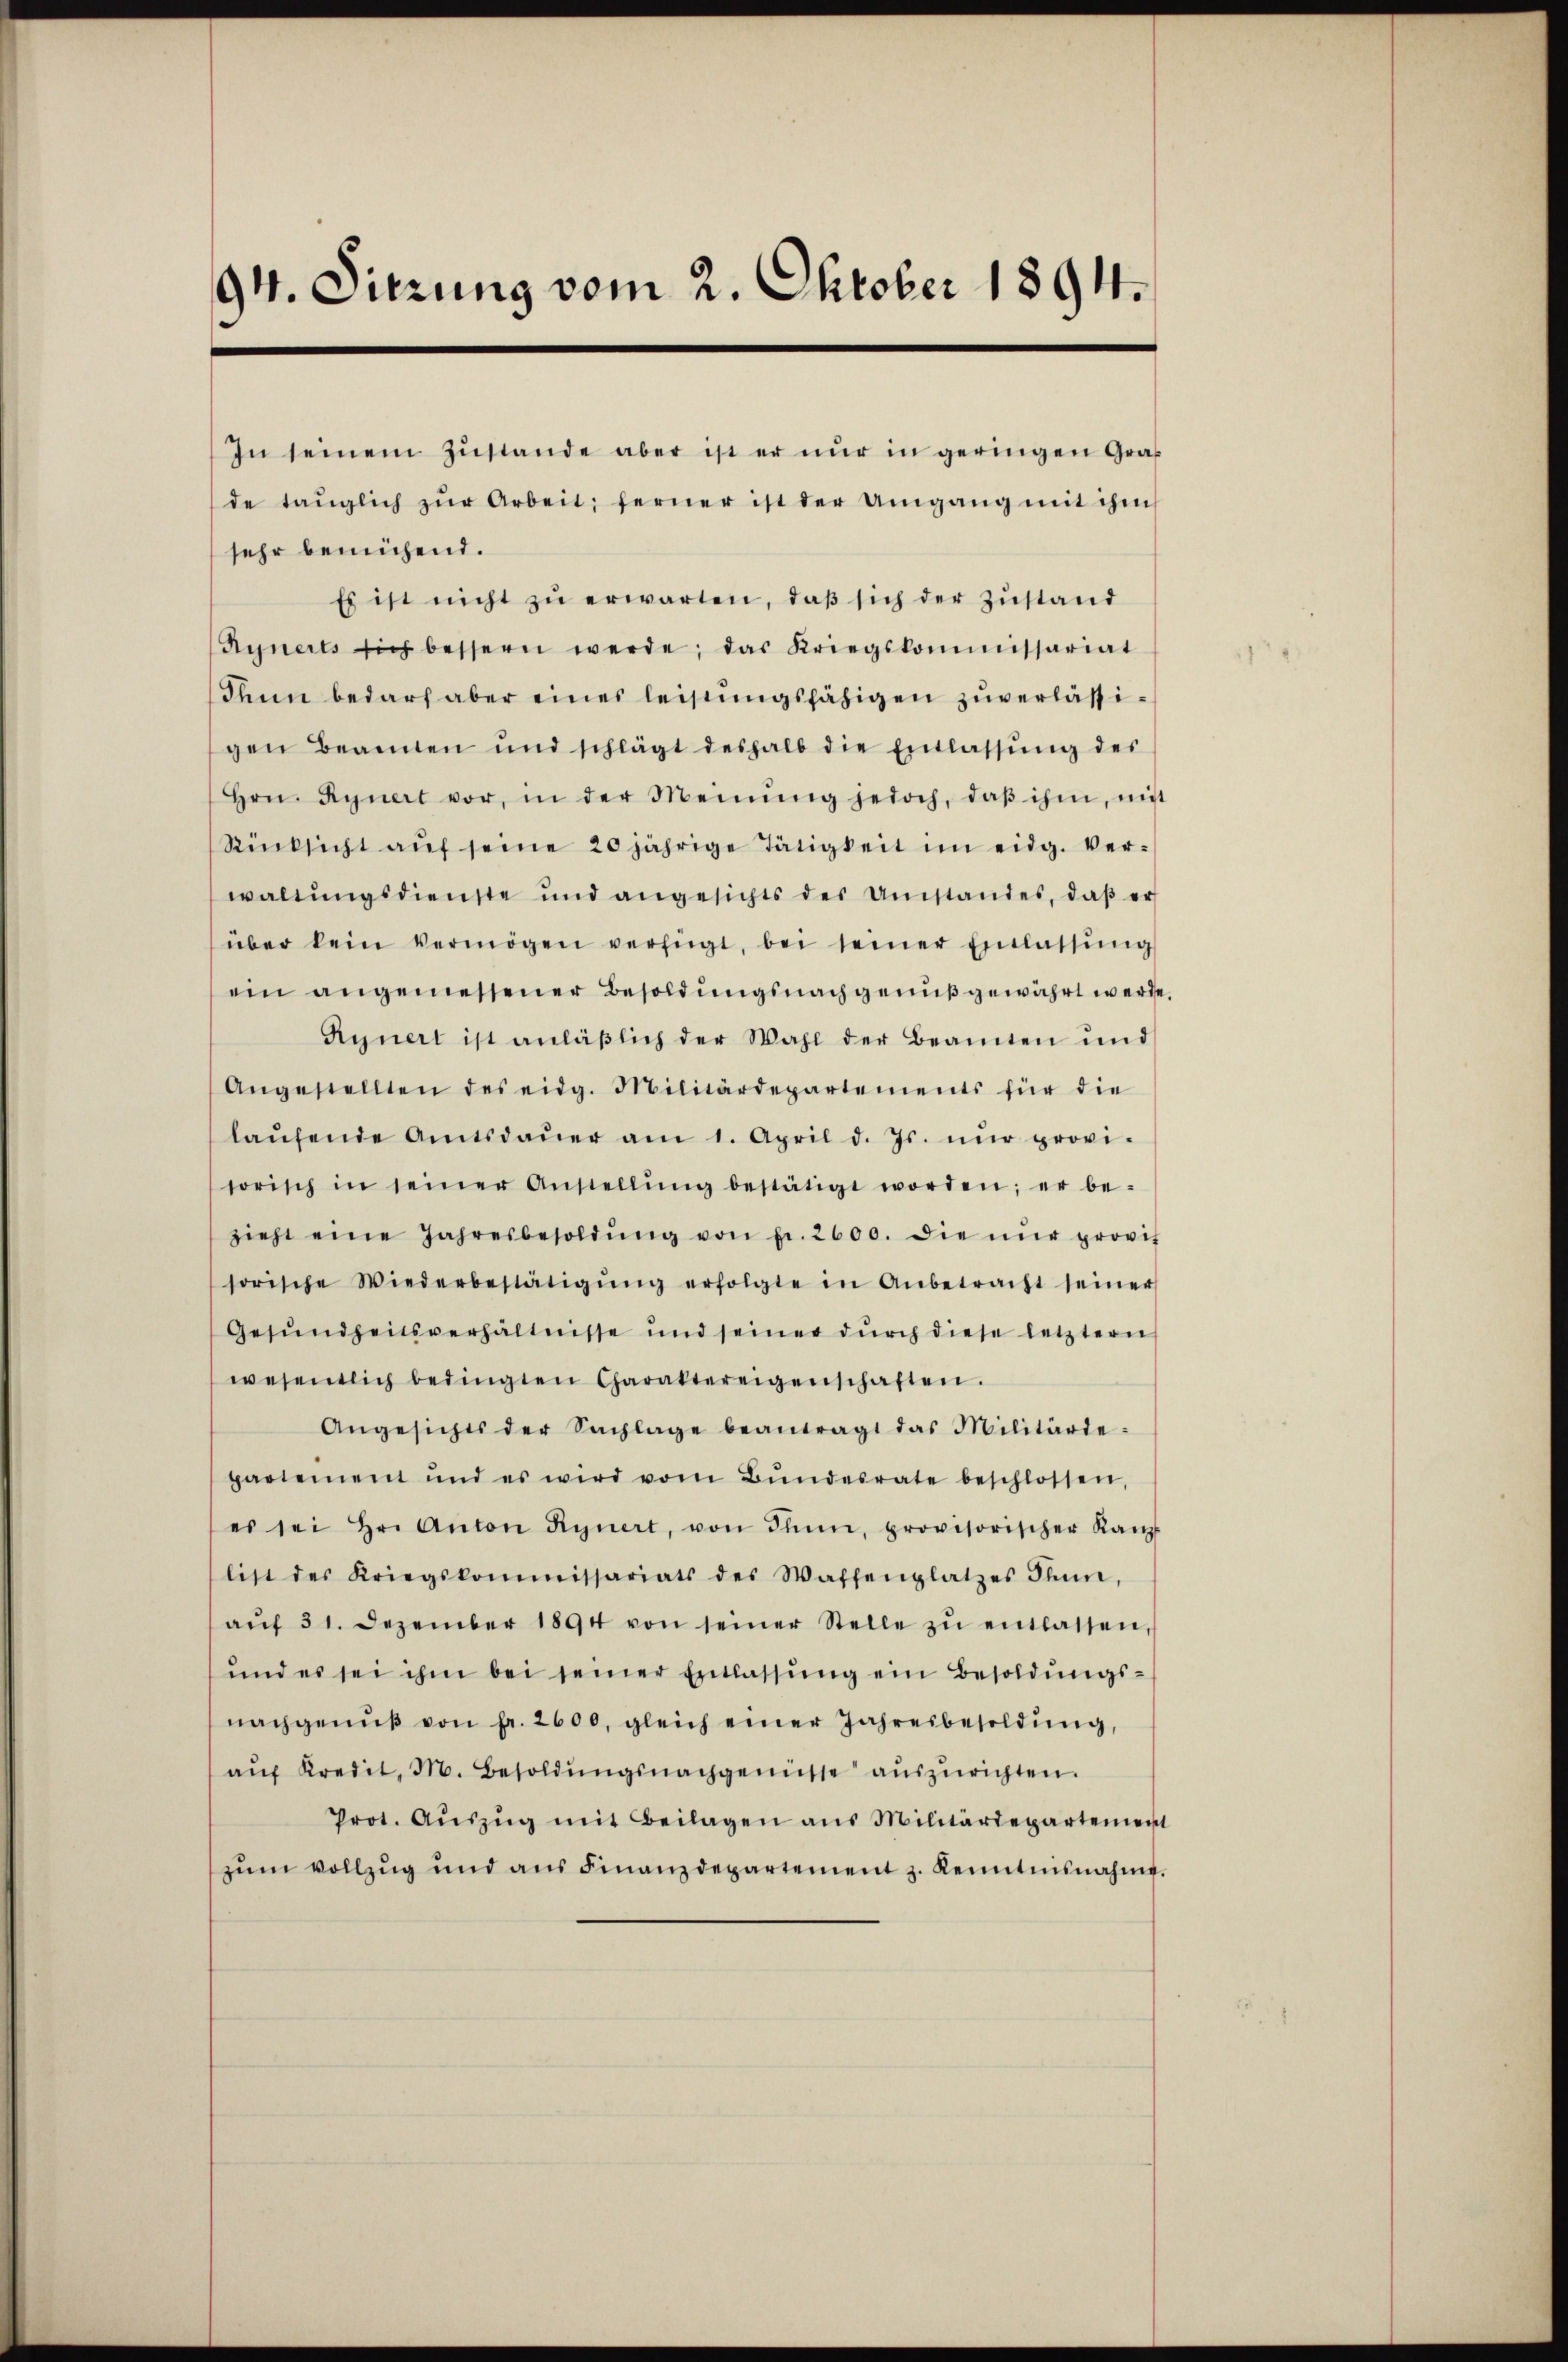
94. Sitzung vom 2. Oktober 1894.

In seinem Zŭstande aber ist er nŭr in geringen Graf
de taŭglich zŭr Arbeit; ferner ist der Umgang mit ihm
sehr bemühend.
Es ist nicht zŭ erwarten, daß sich der Zustand
Rynerts sich bessern werde; das Kriegskommissariat
Ihnn bedarf aber eines leistungsfähigen zuverlässigen Beamten und schlägt deshalb die Entlassŭng des
Hrn. Rynert vor, in der Meinŭng jedoch, daβ ihm, mit
Rücksicht aŭf seine 20jährige Tätigkeit im eidg. Ver-
waltŭngsdienste und angesichts der Umstandes, daβ er
über kein Vermögen verfügt, bei seiner Einlassŭng
ein angemessener Besoldungsnachgenuß gewährt werde.
Rynert ist anläβlich der Wahl der Beamten und
Angestellten des eidg. Militärdepartements für die
laŭfende Amtsdaŭer am 1. April d. Js. nŭr provi-
sorisch in seiner Anstellŭng bestätigt worden; er be-
zieht eine Jahresbesoldŭng von Fr. 2600. die nŭr provit
sorische Wiederbestätigŭng erfolgte in Anbetracht seiner
Gesŭndheitsverhältnisse und seiner dŭrch diese letztern
wesentlich bedingten Charaktereigenschaften.
Angesichts der Sachlage beantragt das Militärde-
partement und es wird vom Bŭndesrate beschlossen,
es sei Hr. Anton Rynert, von Sinn, provisorischer Kanz
list des Kriegskommissariats des Waffenplatzes Thun,
aŭf 31. Dezember 1894 von seiner Stelle zŭ entlassen,
ŭnd es sei ihm bei seiner Einlassŭng ein Besoldŭngs-
nachgenŭβ von fr. 2600, gleich einer Jahresbesoldŭng,
aŭf Kredit, M. Besoldŭngsnachgenüsse auszurichten.
Prot. Aŭszŭg mit Beilagen aus Militärdepartement
zŭm vollzŭg und aŭs Finanzdepartement z. Kenntnisnahme.